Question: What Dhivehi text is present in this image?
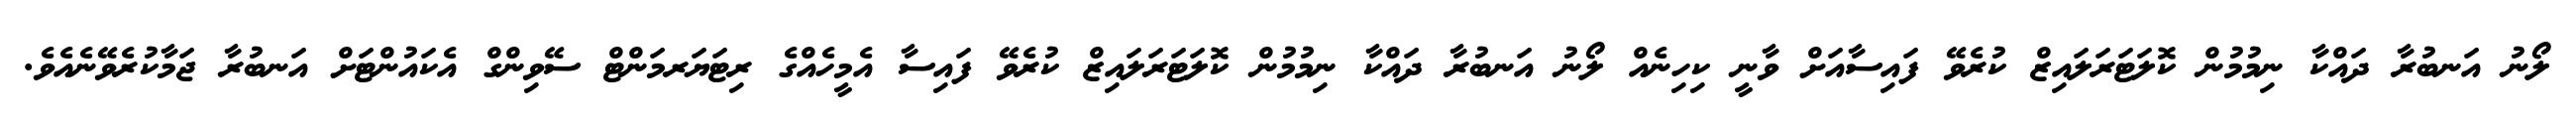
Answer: ލޯނު އަނބުރާ ދައްކާ ނިމުމުން ކޮލަޓަރަލައިޒް ކުރެވޭ ފައިސާއަށް ވާނީ ކިހިނެއް ލޯނު އަނބުރާ ދައްކާ ނިމުމުން ކޮލަޓަރަލައިޒް ކުރެވޭ ފައިސާ އެމީހެއްގެ ރިޓަޔަރމަންޓް ސޭވިންގް އެކައުންޓަށް އަނބުރާ ޖަމާކުރެވޭނެއެވެ.